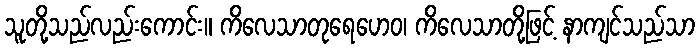
သူတို့သည်လည်းကောင်း။ ကိလေသာတုရေဟေဝ၊ ကိလေသာတို့ဖြင့် နာကျင်သည်သာ